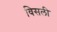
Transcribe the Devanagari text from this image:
विसली